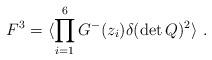
LaTeX: \begin{align*}F^3=\langle \prod_{i=1}^6G^-(z_i) \delta (\det Q)^2\rangle\ .\end{align*}